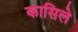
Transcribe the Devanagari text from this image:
कासिले